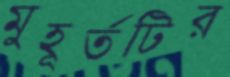
মুহূর্তটির